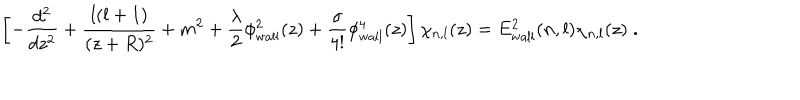
\left[ - \frac { d ^ { 2 } } { d z ^ { 2 } } + \frac { l ( l + 1 ) } { ( z + R ) ^ { 2 } } + m ^ { 2 } + \frac { \lambda } { 2 } \phi _ { \mathrm { w a l l } } ^ { 2 } ( z ) + \frac { \sigma } { 4 ! } \phi _ { \mathrm { w a l l } } ^ { 4 } ( z ) \right] \chi _ { n , l } ( z ) = E _ { \mathrm { w a l l } } ^ { 2 } ( n , l ) \chi _ { n , l } ( z ) \; .